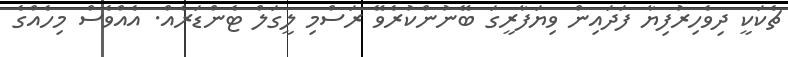
ޗެކަކީ ދިވެހިރުފިޔާ ފަދައިން ވިޔަފާރީގަ ބޭނުންކުރެވޭ ރަސްމި ލީގަލް ޓެންޑަރެއް. އެއްވެސް މިހެއްގެ